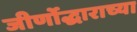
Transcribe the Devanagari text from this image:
जीर्णोद्धाराच्या